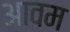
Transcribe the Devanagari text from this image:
आवम